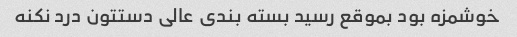
خوشمزه بود بموقع رسید بسته بندی عالی دستتون درد نکنه